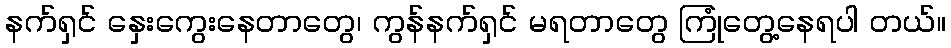
နက်ရှင် နှေးကွေးနေတာတွေ၊ ကွန်နက်ရှင် မရတာတွေ ကြုံတွေ့နေရပါ တယ်။